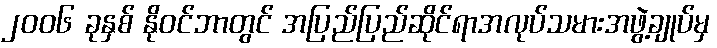
၂၀၀၆ ခုနှစ် နိုဝင်ဘာတွင် အပြည်ပြည်ဆိုင်ရာအလုပ်သမားအဖွဲ့ချုပ်မှ